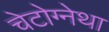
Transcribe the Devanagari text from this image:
चेटोग्नेथा